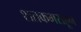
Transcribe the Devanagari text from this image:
शतकभराहून